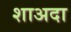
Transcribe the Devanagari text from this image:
शाअदा